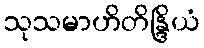
သုသမာဟိတိန္ဒြိယံ